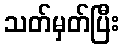
သတ်မှတ်ပြီး